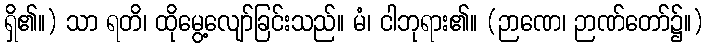
ရှိ၏။) သာ ရတိ၊ ထိုမွေ့လျော်ခြင်းသည်။ မံ၊ ငါဘုရား၏။ (ဉာဏေ၊ ဉာဏ်တော်၌။)